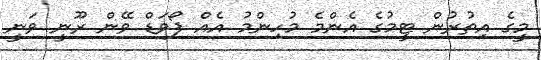
މީގެ އިތުރުން ޓީމުގެ އެންމެ މުހިންމު އެއް ފޯވަޑް ވޭން ރޫނީ ވަނީ